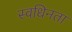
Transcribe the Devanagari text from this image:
स्वधिनता